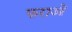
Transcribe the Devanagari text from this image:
फराओं